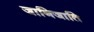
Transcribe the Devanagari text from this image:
जानिजाति